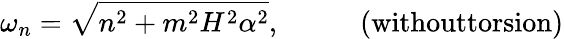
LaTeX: \omega_{n}=\sqrt{n^{2}+m^{2}H^{2}\alpha^{2}},\; \; \; \; \; \; \; \; \; \; \mathrm{(withouttorsion)}